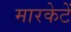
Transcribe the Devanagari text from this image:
मारकेटें